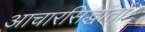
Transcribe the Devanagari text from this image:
आचारसिद्धांतों